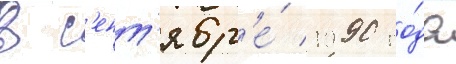
В с'ент'ябр'е́ 1990 го́да